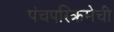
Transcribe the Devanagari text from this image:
पंचपरिक्रमेची